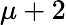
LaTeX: \mu+2